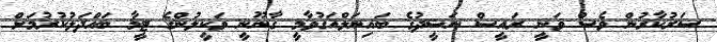
ސަރުކާރުން ވެސް ވަނީ ރައީސް ނަޝީދުގެ ބައިނަލްއަގުވާމީ ގާނޫނީ ވަކީލުންގެ ޓީމާ ބައްދަލުކުރުމަށް